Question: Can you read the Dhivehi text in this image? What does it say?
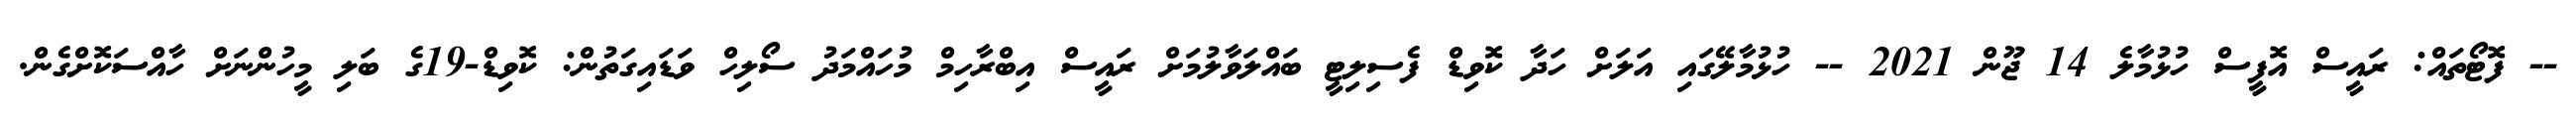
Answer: -- ފޮޓޯތައް: ރައީސް އޮފީސް ހުޅުމާލެ 14 ޖޫން 2021 -- ހުޅުމާލޭގައި އަލަށް ހަދާ ކޮވިޑް ފެސިލިޓީ ބައްލަވާލުމަށް ރައީސް އިބްރާހިމް މުހައްމަދު ސޯލިހް ވަޑައިގަތުން: ކޮވިޑް-19ގެ ބަލި މީހުންނަށް ހާއްސަކޮށްގެން.